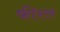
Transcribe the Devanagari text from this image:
फीरल